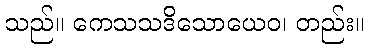
သည်။ ကေသသဒိသောယေဝ၊ တည်း။